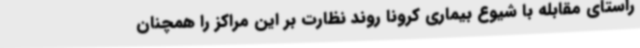
راستای مقابله با شیوع بیماری کرونا روند نظارت بر این مراکز را همچنان